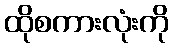
ထိုစကားလုံးကို